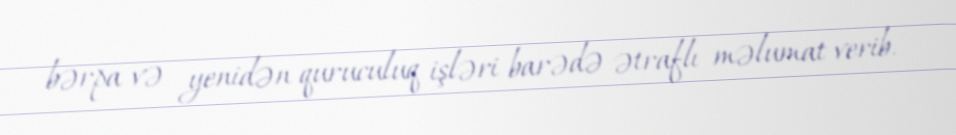
bərpa və yenidən quruculuq işləri barədə ətraflı məlumat verib.